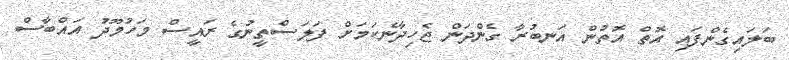
ބަލައިގެންފައި އޮތް އޮތުން އަނބުރާ ގެންދަން ޖެހިދާނެކަމަށް ފަލަސްތީނުގެ ރައީސް މަހުމޫދު އައްބާސް